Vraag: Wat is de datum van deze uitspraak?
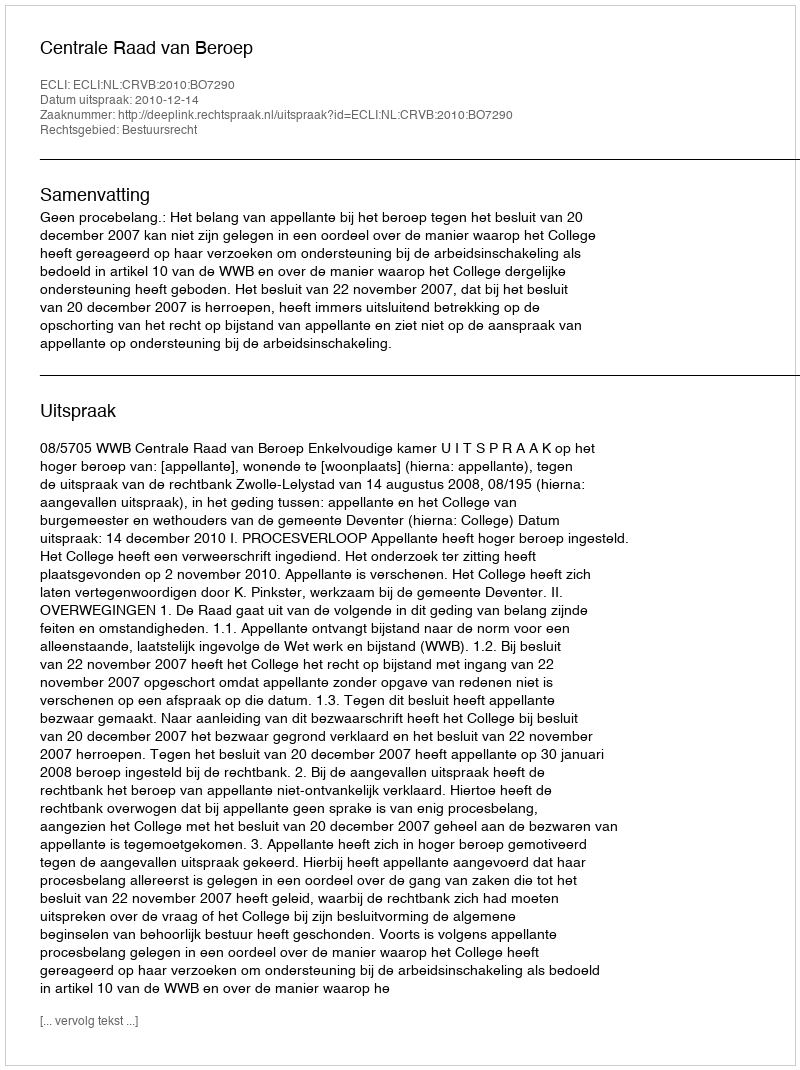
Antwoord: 2010-12-14